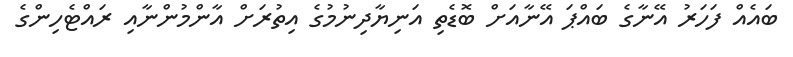
ބައެއް ފަހަރު އޭނާގެ ބައްޕަ އޭނާއަށް ބޮޑެތި އަނިޔާދިނުމުގެ އިތުރަށް އާންމުންނާއި ރައްޓެހިންގެ